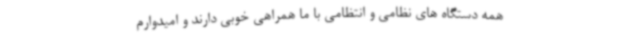
همه دستگاه های نظامی و انتظامی با ما همراهی خوبی دارند و امیدوارم